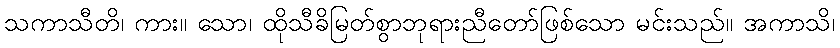
သကာသီတိ၊ ကား။ သော၊ ထိုသီခိမြတ်စွာဘုရားညီတော်ဖြစ်သော မင်းသည်။ အကာသိ၊